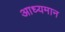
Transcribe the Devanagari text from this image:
आध्यमान